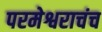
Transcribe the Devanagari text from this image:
परमेश्वराचंच